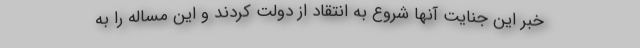
خبر این جنایت آنها شروع به انتقاد از دولت کردند و این مساله را به